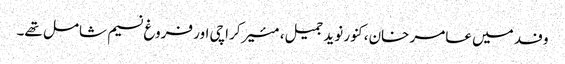
وفد میں عامر خان، کنور نوید جمیل، مئیرکراچی اور فروغ نسیم شامل تھے۔